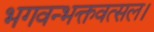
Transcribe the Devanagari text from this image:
भगवन्भक्तवत्सल।